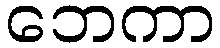
ဘေကာ